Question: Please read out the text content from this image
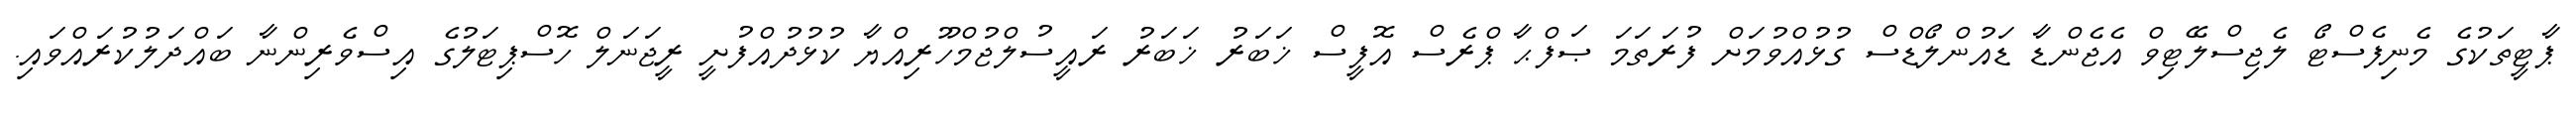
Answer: ޕާޓީތަކުގެ މެނިފެސްޓޯ ލެޖިސްލޭޓިވް އެޖެންޑާ ޑައުންލޯޑްސް ގުޅުއްވުމަށް ފުރަތަމަ ޞަފްޙާ ޕްރެސް އޮފީސް ޚަބަރު ޚަބަރު ރައީސުލްޖުމްހޫރިއްޔާ ކުޅުދުއްފުށީ ރީޖަނަލް ހޮސްޕިޓަލުގެ އިސްވެރިންނާ ބައްދަލުކުރައްވައި.